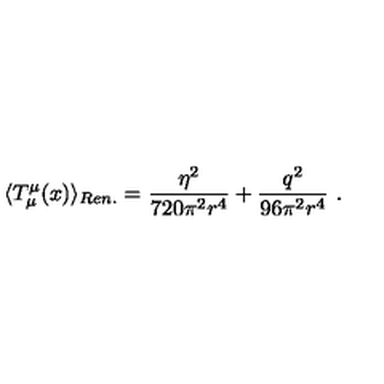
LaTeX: \langle T _ { \mu } ^ { \mu } ( x ) \rangle _ { R e n . } = \frac { \eta ^ { 2 } } { 7 2 0 \pi ^ { 2 } r ^ { 4 } } + \frac { q ^ { 2 } } { 9 6 \pi ^ { 2 } r ^ { 4 } } \ .